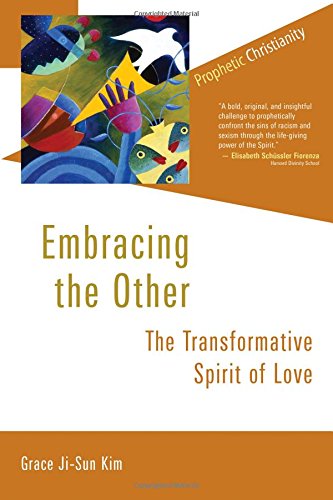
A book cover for Embracing the Other: The Transformative Spirit of Love (Prophetic Christianity (PC)); Grace Ji-Sun Kim; Christian Books & Bibles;